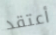
أعتقد